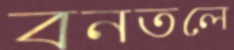
বনতলে